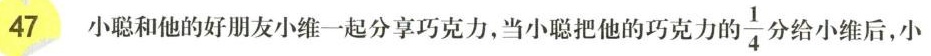
47 小聪和他的好朋友小维一起分享巧克力，当小聪把他的巧克力的一 \frac{1}{4} 给小维后，小